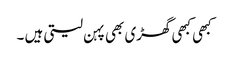
کبھی کبھی گھڑی بھی پہن لیتی ہیں ۔